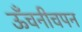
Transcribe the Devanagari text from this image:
ऊँचनीचपन